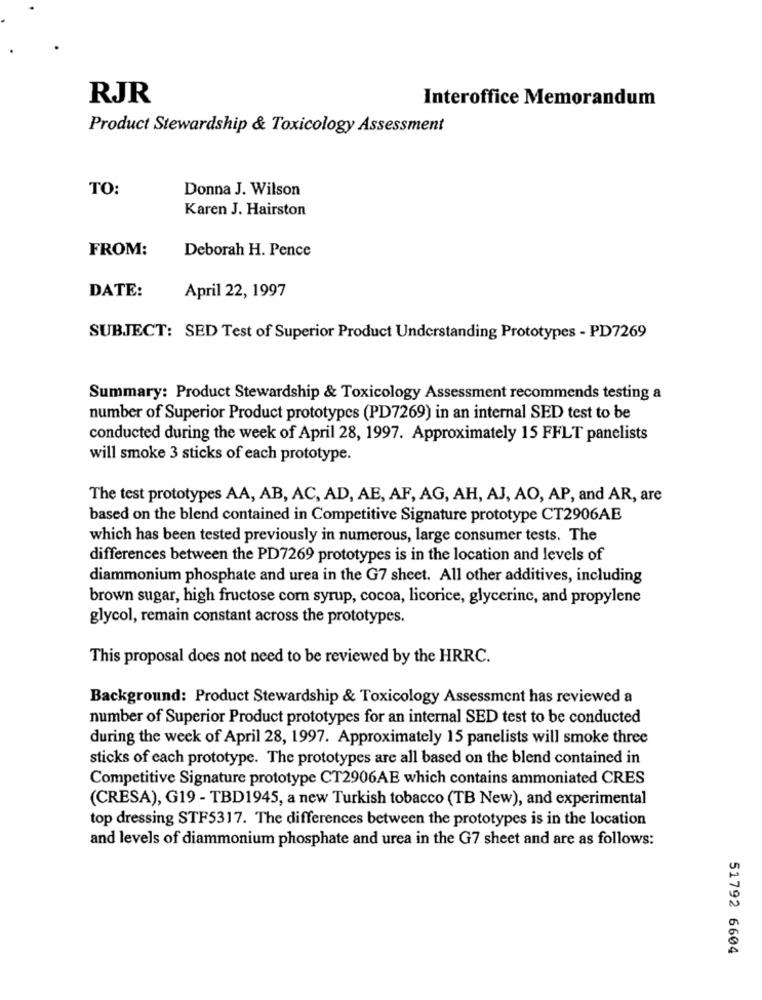
RJR
Interoffice Memorandum
Product Stewardship & Toxicology Assessment
TO:
Donna J. Wilson
Karen J. Hairston
FROM:
Deborah H. Pence
April 22, 1997
DATE:
SUBJECT: SED Test of Superior Product Understanding Prototypes - PD7269
Summary: Product Stewardship & Toxicology Assessment recommends testing a
number of Superior Product prototypes (PD7269) in an internal SED test to be
conducted during the week of April 28, 1997. Approximately 15 FFLT panelists
will smoke 3 sticks of each prototype.
The test prototypes AA, AB, AC, AD, AE, AF, AG, AH, AJ, AO, AP, and AR, are
based on the blend contained in Competitive Signature prototype CT2906AE
which has been tested previously in numerous, large consumer tests. The
differences between the PD7269 prototypes is in the location and levels of
diammonium phosphate and urea in the G7 sheet. All other additives, including
brown sugar, high fructose corn syrup, cocoa, licorice, glycerine, and propylene
glycol, remain constant across the prototypes.
This proposal does not need to be reviewed by the HRRC.
Background: Product Stewardship & Toxicology Assessment has reviewed a
number of Superior Product prototypes for an internal SED test to be conducted
during the week of April 28, 1997. Approximately 15 panelists will smoke three
sticks of each prototype. The prototypes are all based on the blend contained in
Competitive Signature prototype CT2906AE which contains ammoniated CRES
(CRESA), G19 - TBD1945, a new Turkish tobacco (TB New), and experimental
top dressing STF5317. The differences between the prototypes is in the location
and levels of diammonium phosphate and urea in the G7 sheet and are as follows:
51792 6604